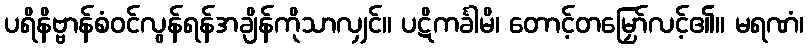
ပရိနိဗ္ဗာန်စံဝင်လွန်ရန်အချိန်ကိုသာလျှင်။ ပဋိကင်္ခါမိ၊ တောင့်တမြှော်လင့်၏။ မရဏံ၊